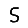
Digit: 5